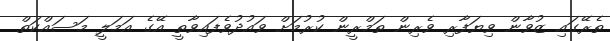
ތެރޭގައި ޒުވާން ވިޔަފާރި ވެރިން ތަމްރީން ކުރުމަށް ވައުދުވެފައިވާތީ އޭގެ އަމަލީ މަސައްކަތް